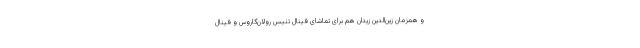
و همزمان زین‌الدین زیدان هم برای تماشای فینال تنیس رولان‌گاروس و فینال